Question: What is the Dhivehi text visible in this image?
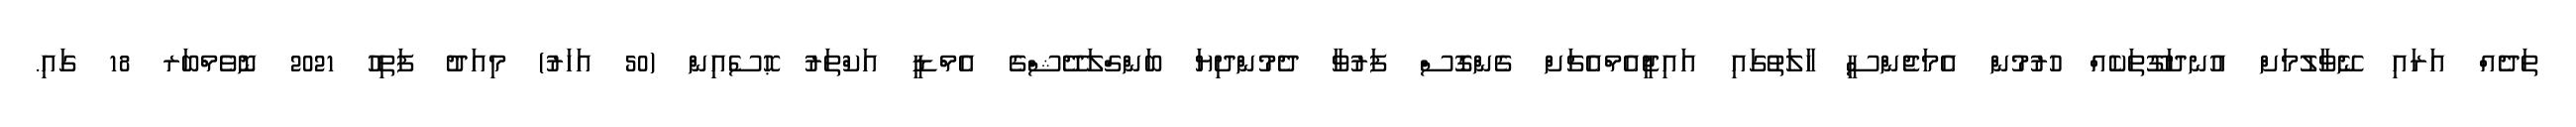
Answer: ތަދެއް އަރައި ނޭވާލުމަށް އުނދަގޫތަކެއް ހުރުމުން އެމަޖެންސީ ހާލަތުގައި އައިޖީއެމްއެޗަށް ގެންގޮސް ފަރުވާ ދެމުންދިޔަ ބަންގްލަދޭޝްގެ އެމްޑީ އަކްތަރު ޙޮސެއިން (50 އަހަރު) މިއަދު ފަތިހު 2021 ނޮވެމްބަރ 18 ގައި.